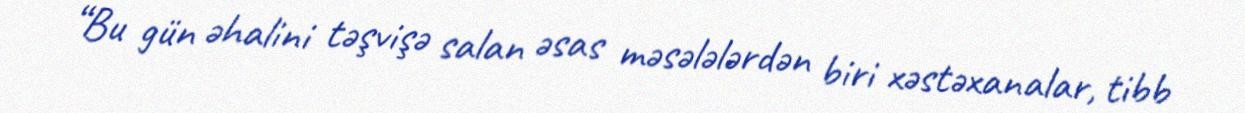
“Bu gün əhalini təşvişə salan əsas məsələlərdən biri xəstəxanalar, tibb